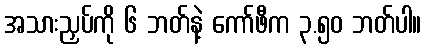
အသားညှပ်ကို ၆ ဘတ်နဲ့ ကော်ဖီက ၃.၅၀ ဘတ်ပါ။